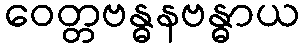
ဝေတ္တဗန္ဓနဗန္ဓာယ